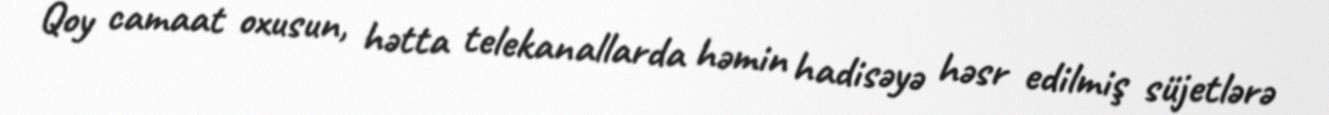
Qoy camaat oxusun, hətta telekanallarda həmin hadisəyə həsr edilmiş süjetlərə